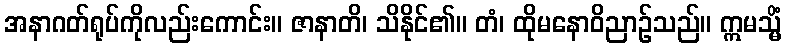
အနာဂတ်ရုပ်ကိုလည်းကောင်း။ ဇာနာတိ၊ သိနိုင်၏။ တံ၊ ထိုမနောဝိညာဉ်သည်။ ဣမသ္မိံ